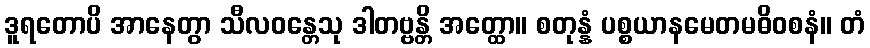
ဒူရတောပိ အာနေတွာ သီလဝန္တေသု ဒါတဗ္ဗန္တိ အတ္ထော။ စတုန္နံ ပစ္စယာနမေတမဓိဝစနံ။ တံ